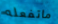
ماتفعله